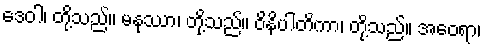
ဒေဝါ၊ တို့သည်။ မနုဿာ၊ တို့သည်။ ဝိနိပါတိကာ၊ တို့သည်။ အဝေရာ၊